Scottish Leaving Certificate Examination, 1952
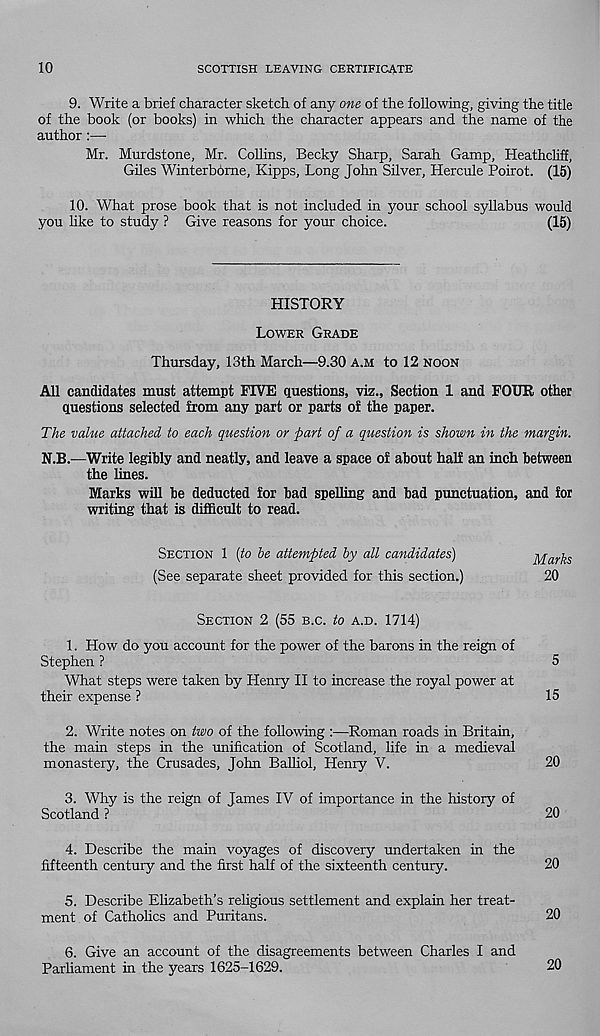
10
SCOTTISH LEAVING CERTIFICATE
9. Write a brief character sketch of any one of the following, giving the title
of the book (or books) in which the character appears and the name of the
author:—
Mr. Murdstone, Mr. Collins, Becky Sharp, Sarah Gamp, Heathcliff,
Giles Winterbome, Kipps, Long John Silver, Hercule Poirot. (15)
10. What prose book that is not included in your school syllabus would
you like to study ? Give reasons for your choice.
(15)
HISTORY
LOWER GRADE
Thursday, 13th March—9.30 A.M to 12 NOON
All candidates must attempt FIVE questions, viz.. Section 1 and FOUR other
questions selected from any part or parts of the paper.
The value attached to each question or part of a question is shown in the margin.
N.B.—Write legibly and neatly, and leave a space of about half an inch between
the lines.
Marks will be deducted for bad spelling and bad punctuation, and for
writing that is difficult to read.
SECTION 1 {to be attempted by all candidates)
j^a r
(See separate sheet provided for this section.)
20
SECTION 2 (55 B.C. to A.D. 1714)
1. How do you account for the power of the barons in the reign of
Stephen ?
5
What steps were taken by Henry II to increase the royal power at
their expense ?
15
2. Write notes on two of the following :—Roman roads in Britain,
the main steps in the unification of Scotland, life in a medieval
monastery, the Crusades, John Balliol, Henry V.
20
3. Why is the reign of James IV of importance in the history of
Scotland ?
20
4. Describe the main voyages of discovery undertaken in the
fifteenth century and the first half of the sixteenth century.
20
5. Describe Elizabeth’s religious settlement and explain her treat-
ment of Catholics and Puritans.
20
6. Give an account of the disagreements between Charles I and
Parliament in the years 1625-1629.
20